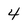
Character: 4